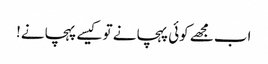
اب مجھے کوئی پہچانے تو کیسے پہچانے!